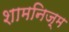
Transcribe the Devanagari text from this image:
शामनिज़्म